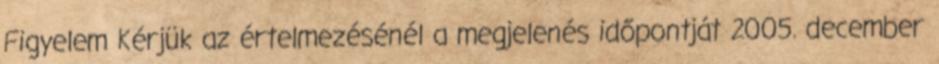
Figyelem Kérjük az értelmezésénél a megjelenés időpontját 2005. december